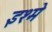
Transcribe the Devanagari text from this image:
इश्मे